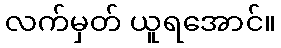
လက်မှတ် ယူရအောင်။